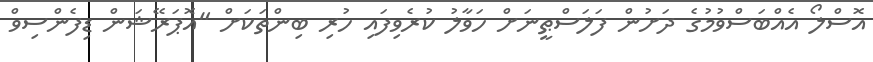
އޮސްލޯ އެއްބަސްވުމުގެ ދަށުން ފަލަސްޠީނަށް ހަވާލު ކުރެވިފައި ހުރި ބިންތަކަށް "އޮޕަރޭޝަން ޑިފެންސިވް